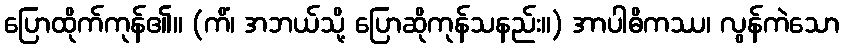
ပြောထိုက်ကုန်၏။ (ကိံ၊ အဘယ်သို့ ပြောဆိုကုန်သနည်း။) အာပါဓိကဿ၊ လွန်ကဲသော